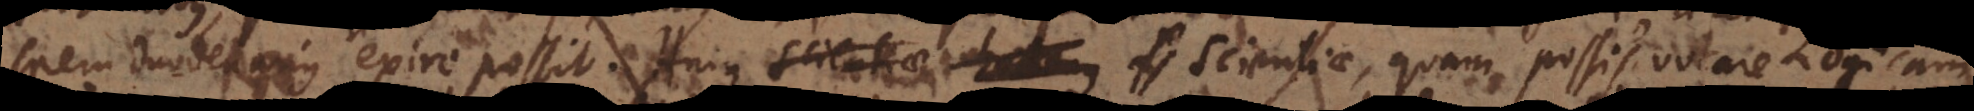
spem duodenarius exire possit. Hujus scientiae, hactenus quam possis vocare Logicam